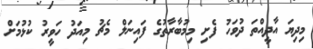
މިދިޔަ އާދީއްތަ ދުވަހު ފެށި މިމުބާރާތުގެ ފައިނަލް މެޗު މިއަދު ހަވީރު ކުޅުމަށް